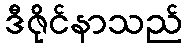
ဒီဇိုင်နာသည်